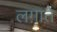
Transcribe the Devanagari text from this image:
लग़ाते